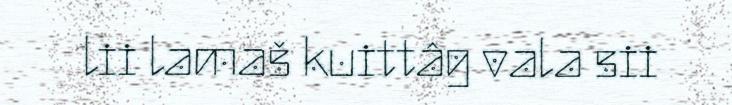
lii lamaš kuittâg vala sii